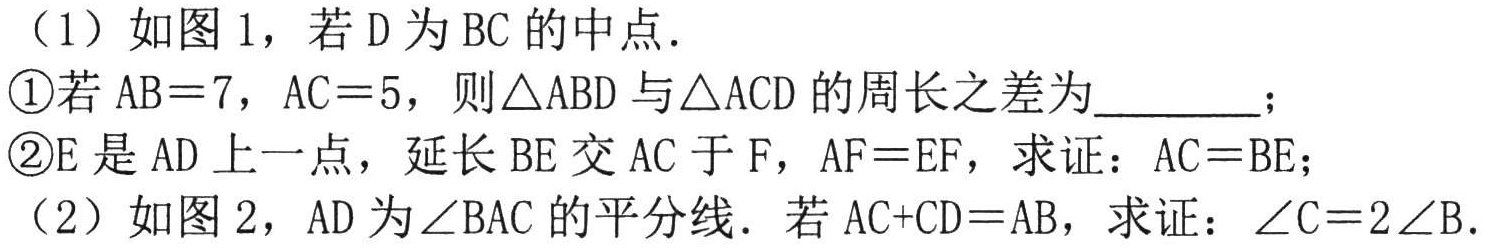
（1）如图 1，若 D 为 BC 的中点．

\textcircled{1}若 AB = 7，AC = 5，则\(\triangle ABD\)与\(\triangle ACD\)的周长之差为________；

\textcircled{2}E 是 AD 上一点，延长 BE 交 AC 于 F，AF = EF，求证：AC = BE；

（2）如图 2，AD 为\(\angle BAC\)的平分线．若 AC + CD = AB，求证：\(\angle C = 2\angle B\).